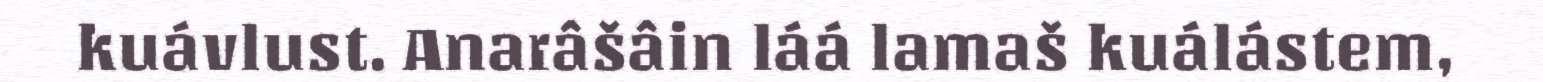
kuávlust. Anarâšâin láá lamaš kuálástem,